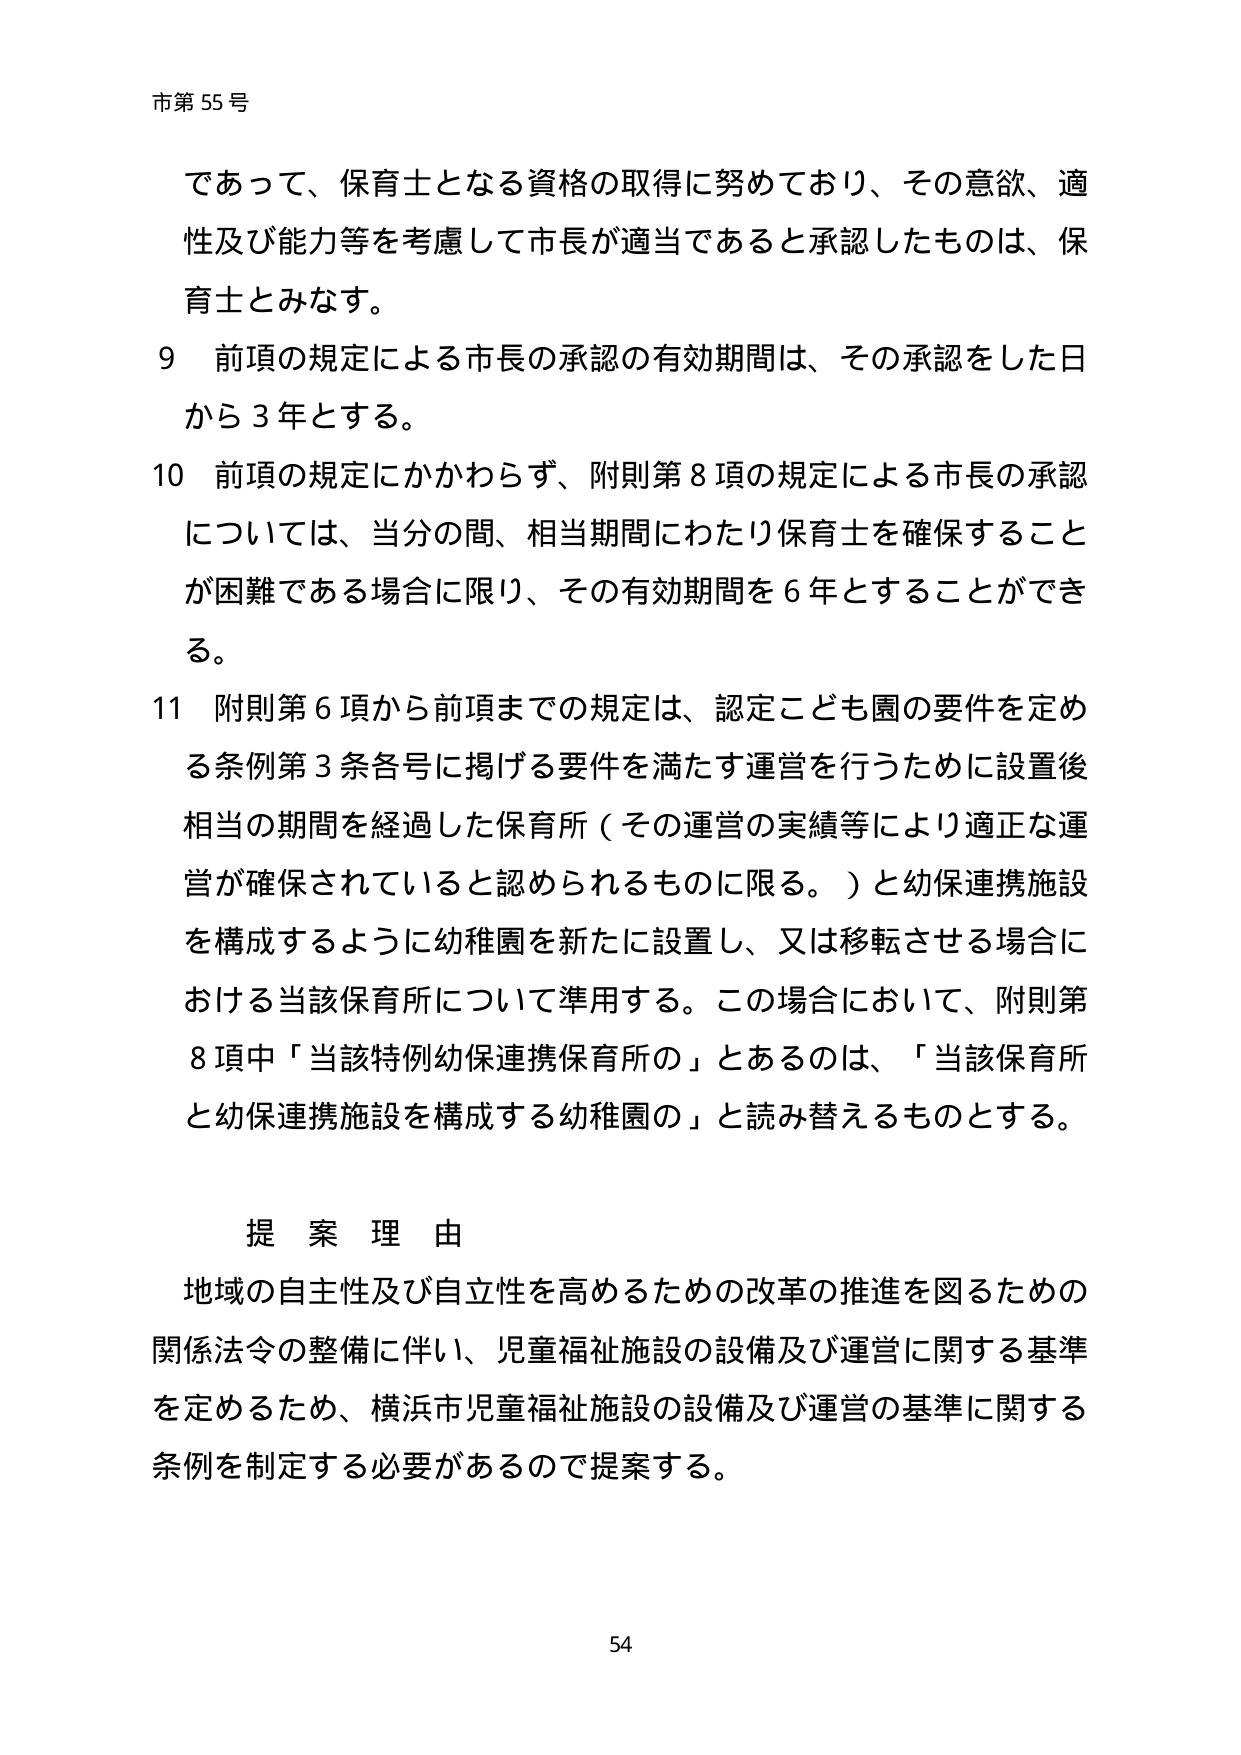
市第55号

であって、保育士となる資格の取得に努めており、その意欲、適性及び能力等を考慮して市長が適当であると承認したものは、保育士とみなす。

9 前項の規定による市長の承認の有効期間は、その承認をした日から3年とする。

10 前項の規定にかかわらず、附則第8項の規定による市長の承認については、当分の間、相当期間にわたり保育士を確保することが困難である場合に限り、その有効期間を6年とすることができる。

11 附則第6項から前項までの規定は、認定こども園の要件を定める条例第3条各号に掲げる要件を満たす運営を行うために設置後相当の期間を経過した保育所（その運営の実績等により適正な運営が確保されていると認められるものに限る。）と幼保連携施設を構成するように幼稚園を新たに設置し、又は移転させる場合における当該保育所について準用する。この場合において、附則第8項中「当該特例幼保連携保育所の」とあるのは、「当該保育所と幼保連携施設を構成する幼稚園の」と読み替えるものとする。

提案理由

地域の自主性及び自立性を高めるための改革の推進を図るための関係法令の整備に伴い、児童福祉施設の設備及び運営に関する基準を定めるため、横浜市児童福祉施設の設備及び運営の基準に関する条例を制定する必要があるので提案する。

54